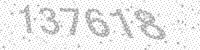
Solution: 137618